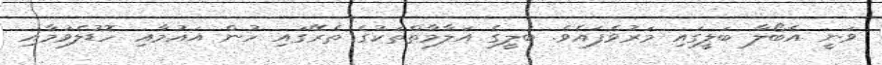
ވަނީ އެބޯލާ ބަލީގައި މަރުވެފައެވެ. ބަލީގެ އަލާމާތްތަކުގެ ތެރޭގައި ހުން އައުމާއި ހޮޑުލެވުމާއި